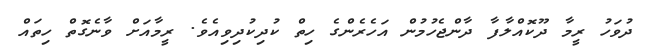
ދުވަހު ރީމާ ދޫކޮއްލާފާ ދާންޖެހުމުން އަހެރެންގެ ހިތް ކުދިކުދިވިއެވެ. ރީމާއަށް ވާނެގޮތް ހިތައް